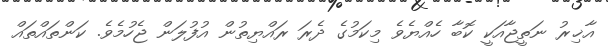
އާޚިރު ނަތީޖާއަކީ ކޮބާ ހެއްޔެވެ މިކަމުގެ ދެރަ ރައްޔިތުން އުފުލަން ޖެހުމެވެ. ކަންތައްތައް